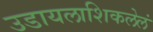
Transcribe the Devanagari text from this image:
उडायलाशिकलेलं